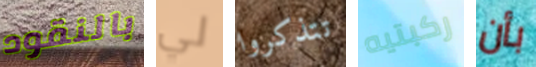
بالنقود لي تتذكروا ركبتيه بأن